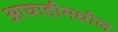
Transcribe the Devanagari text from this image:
आघाडीमधील